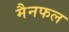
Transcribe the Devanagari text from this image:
मैनफल